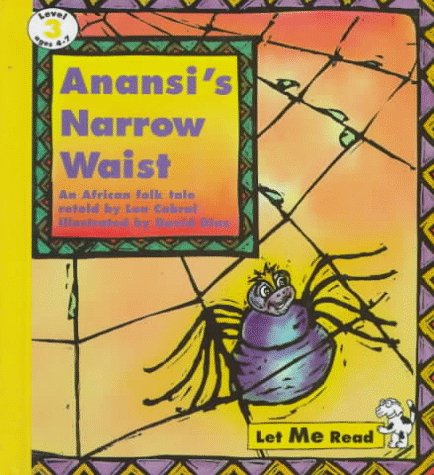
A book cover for Anansi's Narrow Waist (Let Me Read); Len Cabral; Children's Books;